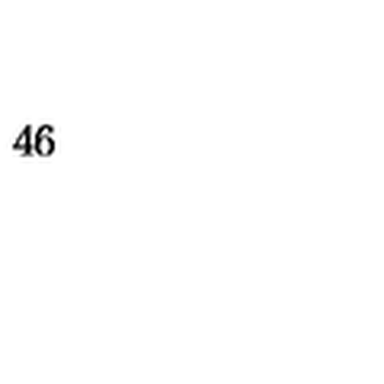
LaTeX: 4 6